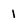
Character: 1